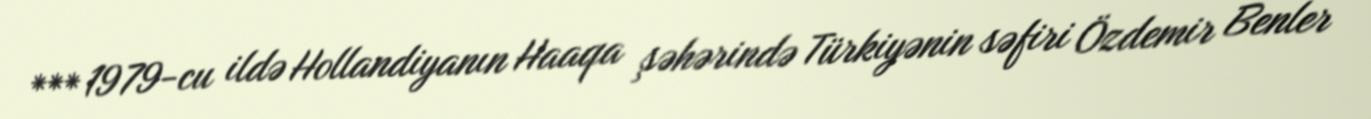
*** 1979-cu ildə Hollandiyanın Haaqa şəhərində Türkiyənin səfiri Özdemir Benler